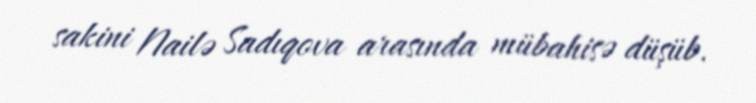
sakini Nailə Sadıqova arasında mübahisə düşüb.